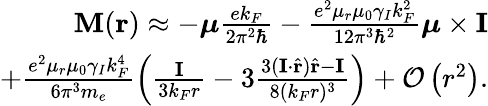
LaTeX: \begin{array}{r}{\mathbf{M}(\mathbf{r})\approx-\boldsymbol{\mu}\frac{ek_{F}}{2\pi^{2}\hbar}-\frac{e^{2}\mu_{r}\mu_{0}\gamma_{I}k_{F}^{2}}{12\pi^{3}\hbar^{2}}\boldsymbol{\mu}\times\mathbf{I}}\\ {+\frac{e^{2}\mu_{r}\mu_{0}\gamma_{I}k_{F}^{4}}{6\pi^{3}m_{e}}\left(\frac{\mathbf{I}}{3k_{F}r}-3\frac{3(\mathbf{I}\cdot\hat{\mathbf{r}})\hat{\mathbf{r}}-\mathbf{I}}{8(k_{F}r)^{3}}\right)+\mathcal{O}\left(r^{2}\right).}\end{array}